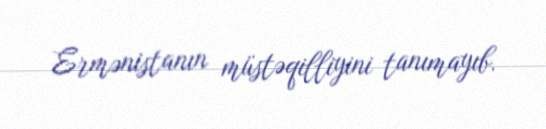
Ermənistanın müstəqilliyini tanımayıb.